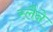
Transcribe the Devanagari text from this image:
स्लैने